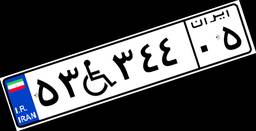
۵۳W۳۴۴۰۵